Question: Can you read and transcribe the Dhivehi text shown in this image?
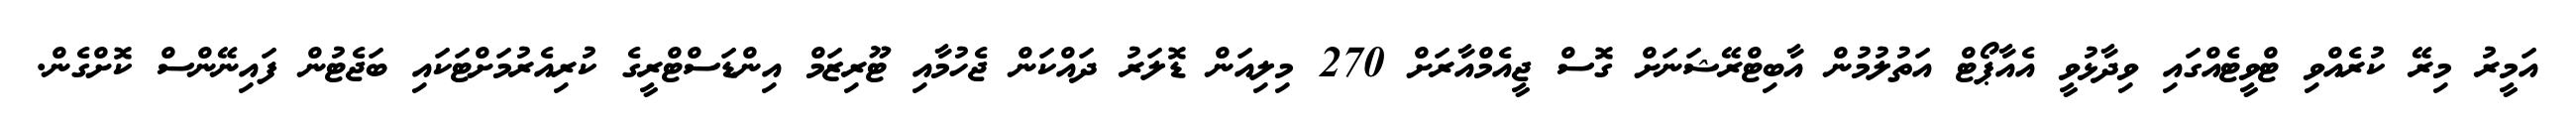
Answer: އަމީރު މިރޭ ކުރެއްވި ޓްވީޓެއްގައި ވިދާޅުވީ އެއާޕޯޓް އަތުލުމުން އާބިޓްރޭޝަނަށް ގޮސް ޖީއެމްއާރަށް 270 މިލިއަން ޑޮލަރު ދައްކަން ޖެހުމާއި ޓޫރިޒަމް އިންޑަސްޓްރީގެ ކުރިއެރުމަށްޓަކައި ބަޖެޓުން ފައިނޭންސް ކޮށްގެން.